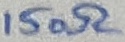
Text: 150Ω